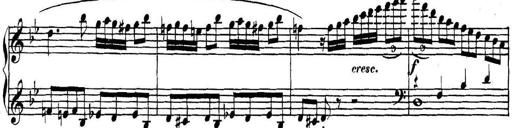
Title: Collected Piano Sonatas
Composer: Muzio Clementi